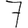
Digit: 7